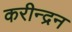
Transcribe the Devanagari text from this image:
करीन्द्रन